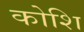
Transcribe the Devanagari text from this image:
कोशि